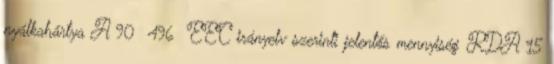
nyálkahártya A 90 496 EEC irányelv szerinti jelentős mennyiség RDA 15